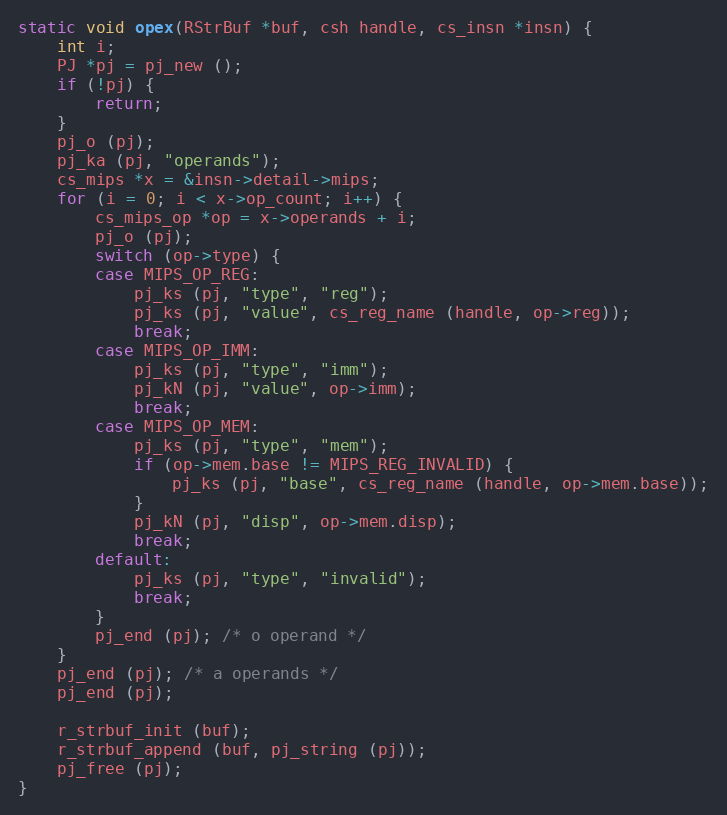
Language: C
static void opex(RStrBuf *buf, csh handle, cs_insn *insn) {
	int i;
	PJ *pj = pj_new ();
	if (!pj) {
		return;
	}
	pj_o (pj);
	pj_ka (pj, "operands");
	cs_mips *x = &insn->detail->mips;
	for (i = 0; i < x->op_count; i++) {
		cs_mips_op *op = x->operands + i;
		pj_o (pj);
		switch (op->type) {
		case MIPS_OP_REG:
			pj_ks (pj, "type", "reg");
			pj_ks (pj, "value", cs_reg_name (handle, op->reg));
			break;
		case MIPS_OP_IMM:
			pj_ks (pj, "type", "imm");
			pj_kN (pj, "value", op->imm);
			break;
		case MIPS_OP_MEM:
			pj_ks (pj, "type", "mem");
			if (op->mem.base != MIPS_REG_INVALID) {
				pj_ks (pj, "base", cs_reg_name (handle, op->mem.base));
			}
			pj_kN (pj, "disp", op->mem.disp);
			break;
		default:
			pj_ks (pj, "type", "invalid");
			break;
		}
		pj_end (pj); /* o operand */
	}
	pj_end (pj); /* a operands */
	pj_end (pj);

	r_strbuf_init (buf);
	r_strbuf_append (buf, pj_string (pj));
	pj_free (pj);
}